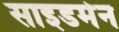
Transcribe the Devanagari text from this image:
साइडमेन